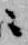
ニ